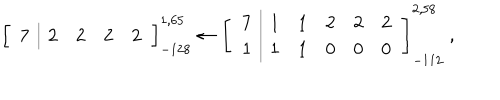
LaTeX: \left[ \begin{array} { c | | c c c c } { { 7 } } & { { 2 } } & { { 2 } } & { { 2 } } & { { 2 } } \\ \end{array} \right] _ { - 1 2 8 } ^ { 1 , 6 5 } \leftarrow \left[ \begin{array} { c | | c c c c c } { { 7 } } & { { 1 } } & { { 1 } } & { { 2 } } & { { 2 } } & { { 2 } } \\ { { 1 } } & { { 1 } } & { { 1 } } & { { 0 } } & { { 0 } } & { { 0 } } \\ \end{array} \right] _ { - 1 1 2 } ^ { 2 , 5 8 } \; ,